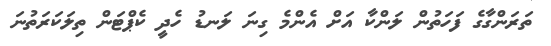
ތަރަންގާގެ ފަހަތުން ލަންކާ އަށް އެންމެ ގިނަ ލަނޑު ހެދީ ކެޕްޓަން ތިލަކަރަތުނަ